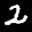
Label: 2